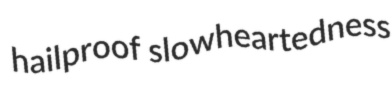
hailproof slowheartedness